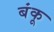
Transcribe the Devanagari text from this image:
बंकू